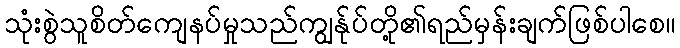
သုံးစွဲသူစိတ်ကျေနပ်မှုသည်ကျွန်ုပ်တို့၏ရည်မှန်းချက်ဖြစ်ပါစေ။